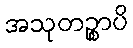
အသုတဉ္စာပိ